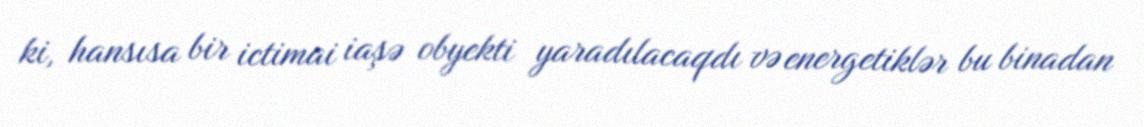
ki, hansısa bir ictimai iaşə obyekti yaradılacaqdı və energetiklər bu binadan